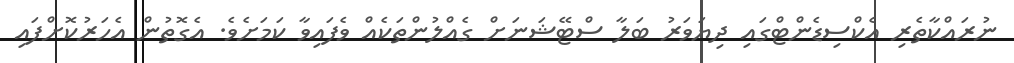
ނުރައްކާތެރި އެކްސިޑެންޓްގައި ދިޔަވަރު ބަލާ ސްޓޭޝަނަށް ގެއްލުންތަކެއް ވެފައިވާ ކަމަށެވެ. އެގޮތުން އެހަރުކޮށްފައި